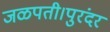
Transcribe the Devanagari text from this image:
जळपती।पुरंदर